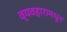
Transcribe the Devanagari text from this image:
व्यवहारामधून